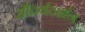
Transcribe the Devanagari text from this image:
सौंदर्यदर्शन